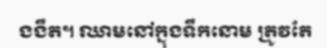
ងងឹត។ ឈាមនៅក្នុងទឹកនោម ត្រូវតែ